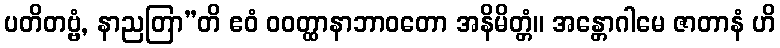
ပတိတဗ္ဗံ, နာညတြာ”တိ ဧဝံ ဝဝတ္ထာနာဘာဝတော အနိမိတ္တံ။ အန္တောဂါမေ ဇာတာနံ ဟိ